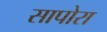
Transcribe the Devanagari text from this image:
सापोरा